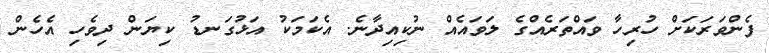
ފެންވަރަކަށް ހުރިހާ ވައްތަރެއްގެ ލަވައެއް ނުކިއިދާނެ. އެކަމަކު އަޅުގަނޑު ކިޔަން ދިވެހި އެހެން